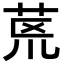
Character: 𮎻